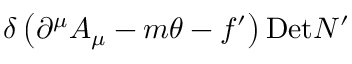
\delta \left( \partial ^ { \mu } A _ { \mu } - m \theta - f ^ { \prime } \right) \mathrm { D e t } N ^ { \prime }